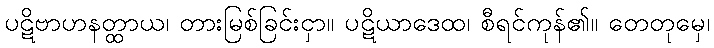
ပဋိဗာဟနတ္ထာယ၊ တားမြစ်ခြင်းငှာ။ ပဋိယာဒေထ၊ စီရင်ကုန်၏။ တေတုမှေ၊